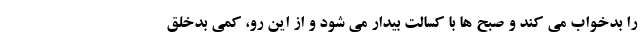
را بدخواب می کند و صبح ها با کسالت بیدار می شود و از این رو، کمی بدخلق